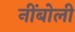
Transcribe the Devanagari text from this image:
नींबोली